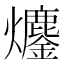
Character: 𤓍